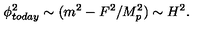
\phi _ { t o d a y } ^ { 2 } \sim ( m ^ { 2 } - F ^ { 2 } / M _ { p } ^ { 2 } ) \sim H ^ { 2 } .